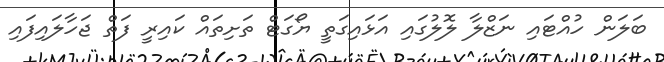
ބަލަން ހުއްޓައި ނަޒްލާ ލޮލުގައި އަޅައިގަތީ ޔޯގަޓް ތަށިތައް ކައިރީ ފަތް ޖަހާލައިފައި